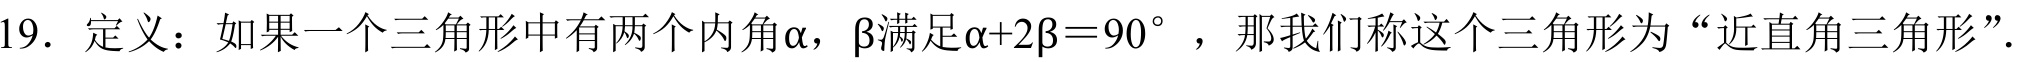
19. 定义：如果一个三角形中有两个内角$\alpha$，$\beta$满足$\alpha + 2\beta=90^{\circ}$，那我们称这个三角形为“近直角三角形”.